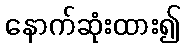
နောက်ဆုံးထား၍